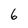
Character: 6